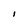
Character: I